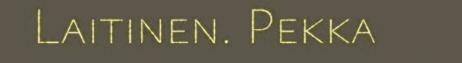
Laitinen. Pekka